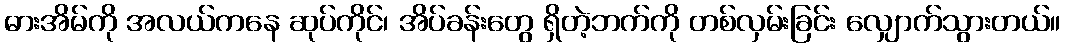
ဓားအိမ်ကို အလယ်ကနေ ဆုပ်ကိုင်၊ အိပ်ခန်းတွေ ရှိတဲ့ဘက်ကို တစ်လှမ်းခြင်း လျှောက်သွားတယ်။